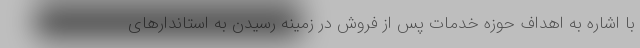
با اشاره به اهداف حوزه خدمات پس از فروش در زمینه رسیدن به استاندارهای